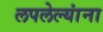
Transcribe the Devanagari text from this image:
लपलेल्‍यांना